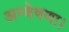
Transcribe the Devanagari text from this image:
अन्वेषणा।